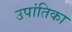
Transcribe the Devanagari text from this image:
उपांतिका